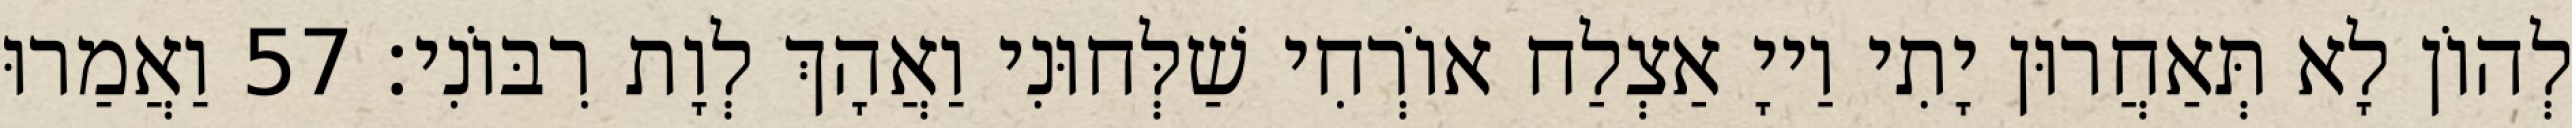
לְהוֹן לָא תְּאַחֲרוּן יָתִי וַייָ אַצְלַח אוֹרְחִי שַׁלְּחוּנִי וַאֲהָךְ לְוָת רִבּוֹנִי׃ 57 וַאֲמַרוּ